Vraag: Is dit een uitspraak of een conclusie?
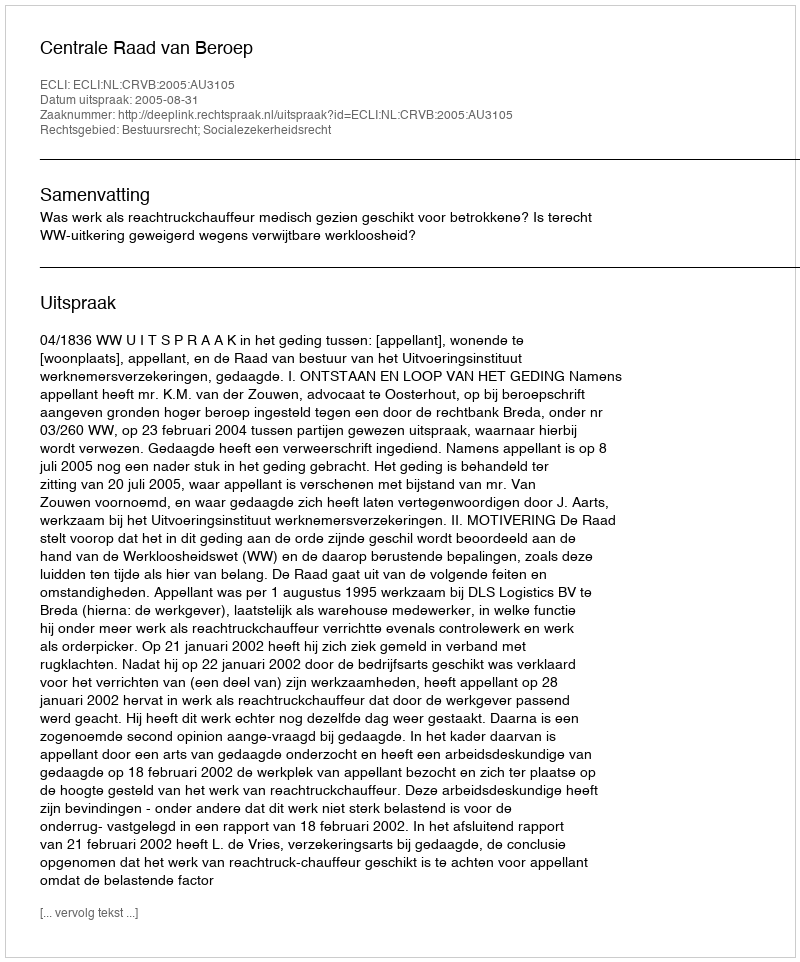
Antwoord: Uitspraak